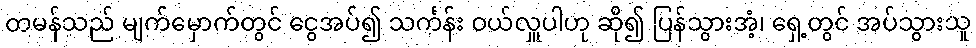
တမန်သည် မျက်မှောက်တွင် ငွေအပ်၍ သင်္ကန်း ဝယ်လှူပါဟု ဆို၍ ပြန်သွားအံ့၊ ရှေ့တွင် အပ်သွားသူ